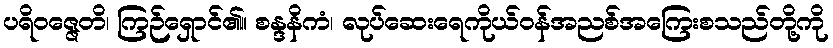
ပရိဝဇ္ဇေတိ၊ ကြဉ်ရှောင်၏။ စန္ဒနိကံ၊ လုပ်ဆေးရေကိုယ်ဝန်အညစ်အကြေးစသည်တို့ကို